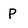
Character: P